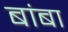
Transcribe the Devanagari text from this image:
बांबा